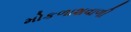
મોકળાશવાળી